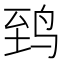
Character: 𬸈